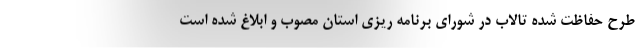
طرح حفاظت شده تالاب در شورای برنامه ریزی استان مصوب و ابلاغ شده است